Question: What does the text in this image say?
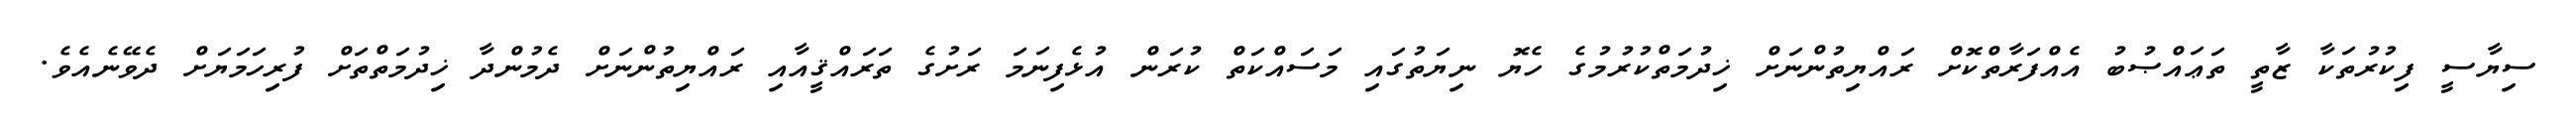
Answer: ސިޔާސީ ފިކުރުތަކާ ޒާތީ ތަޢައްޞުބު އެއްފަރާތްކޮށް ރައްޔިތުންނަށް ޚިދުމަތްކުރުމުގެ ހެޔޮ ނިޔަތުގައި މަސައްކަތް ކުރަން އުޅެފިނަމަ ރަށުގެ ތަރައްޤީއާއި ރައްޔިތުންނަށް ދެމުންދާ ޚިދުމަތްތަށް ފުރިހަމަޔަށް ދެވޭނެއެވެ.